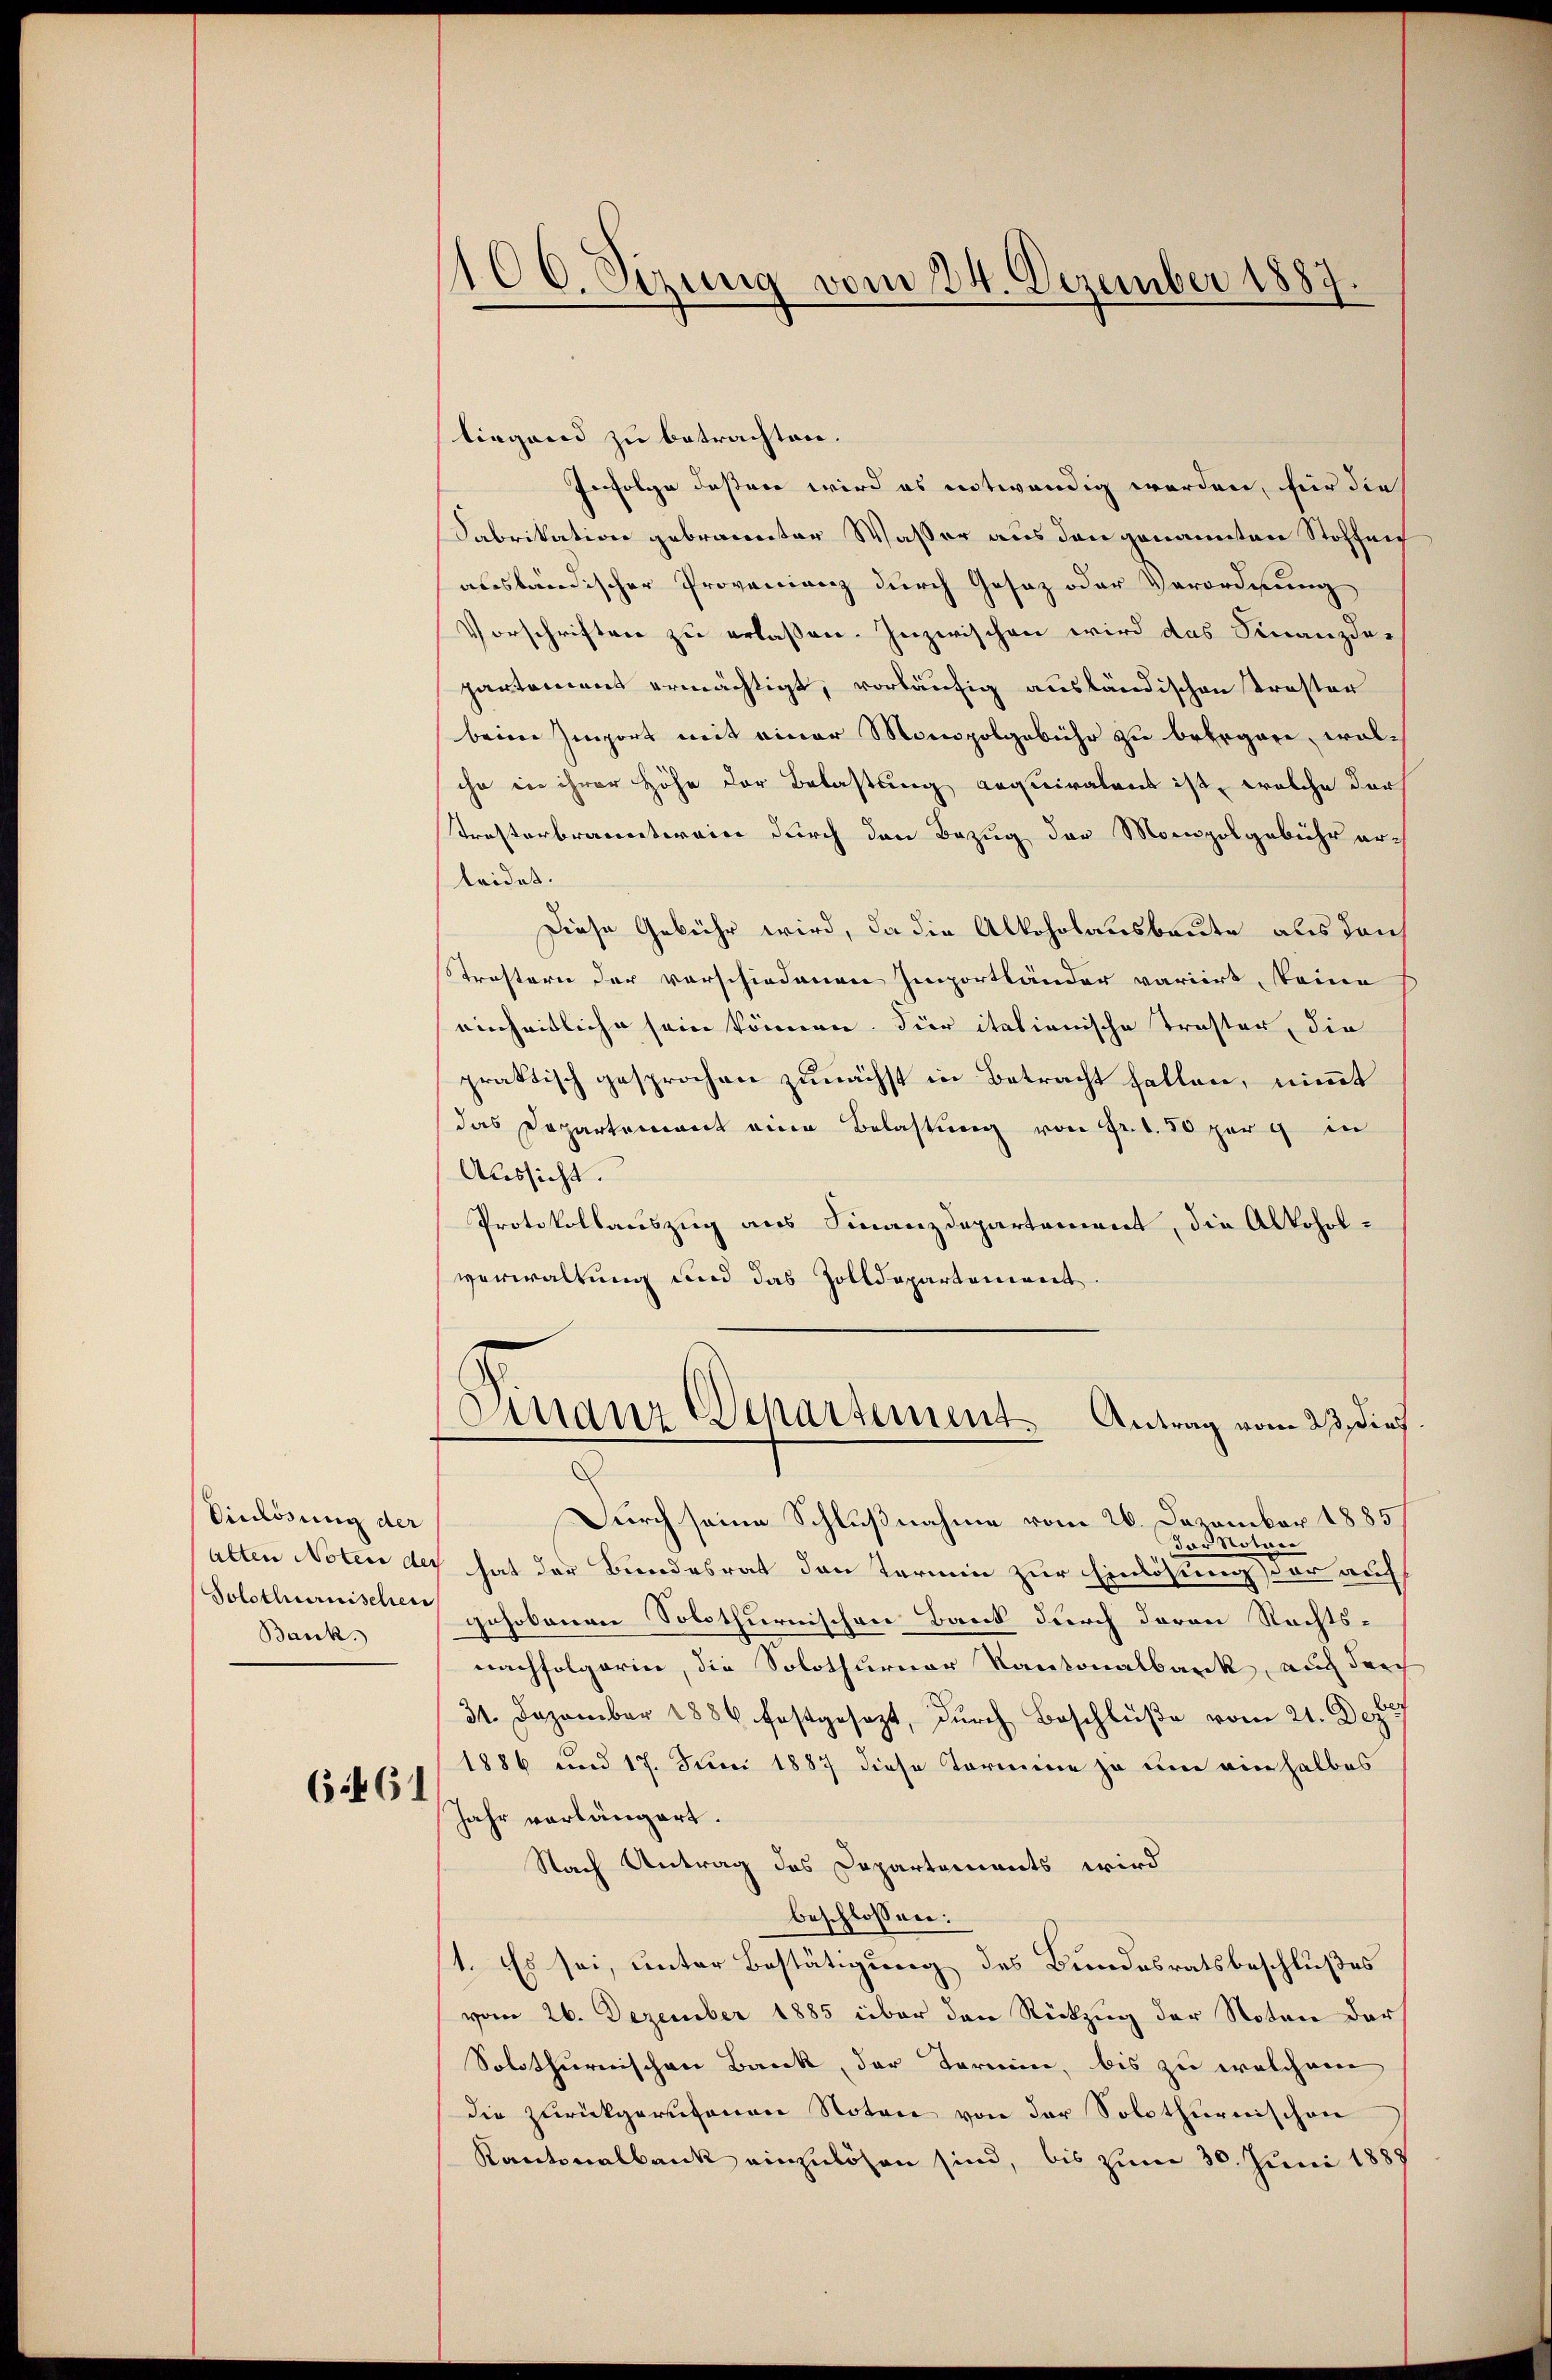
Vinlösung der
Solothurnischei
Bank.

6.461

100. Sizung vom 24. Dezember 1887.

liegend zu betrachten.
Infolge dessere wird es entwendig werden, für die
Fabrikation gebrannter Wasser aus den genannten Stoffen
ausländischer Provenienz durch Gesaz oder Verordnung
Vorschriften zu erlaßen. Inzwischen wird das Finanzdar
partement ermächtigt, vorläufig ausländischen Troster
beim Import mit einer Monopolgebühr zu beergane, wolcha in ihrer Höhe der Belastung aequiratent ist, welche darf
tresterbranntereier durch den Bezug der Monopolgebühr erleidet.
Diese Gebühr wird, da die Alkoholausbaute als danch
Strastern der vorschiedenen Importländer variirt, keine
einheitliche sein können. Hier itationische Troster, die
praktisch gesprochen zunächst in Betracht fallen, nimmt
das Departement eine Belastung von Fr. 1.50 per 9 in
Aussicht.
Protokollauszug aus Finanzdepartement, die Alkoholverwaltung und das Zolldepartement
Finanz Departement. Antrag vom 23. dies
Durch seine Schlußnahme vom 26. Dezember 1885
Motan
da.
alten Noten der hat der Bundesrat den Termin zur Einlösung der auf
gehobenen Solothurnischen Band durch davon Rechts-
nachfolgerin, die Solothurner Kantonalbank, auch durch
31. Dezember 1886 festgesezt, durch Beschlŭβe vom 21. Deze
1886 und 17. Juni 1887 diese Termine ja um einhalbes
Jahr verlängert.
Nach Antrag des Departements wird
beschlossen:
1. Es sei, unter Bestätigung des Bundesratsbeschlußes
vom 26. Dezember 1885 über den Rückzug der Noten darf
Solothurnischen Bank, der Termin, bis zu welchem
die zurückgerufenen Notare von der Solothurnischen
Kantonalbank einzulösen sind, bis zum 30. Juni 1887